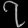
Digit: ၇